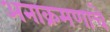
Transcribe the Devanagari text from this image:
अनाक्रमणाचे